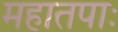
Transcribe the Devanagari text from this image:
महातपाः